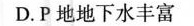
D.P地地下水丰富